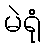
မဲရုံ